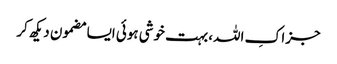
جزاکِ اللہ، بہت خوشی ہوئی ایسا مضمون دیکھ کر